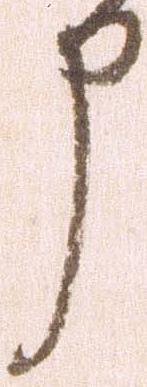
申